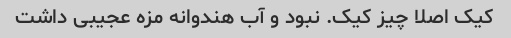
کیک اصلا چیز کیک. نبود و آب هندوانه مزه عجیبی داشت